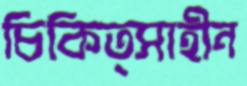
চিকিত্সাহীন